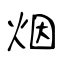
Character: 烟